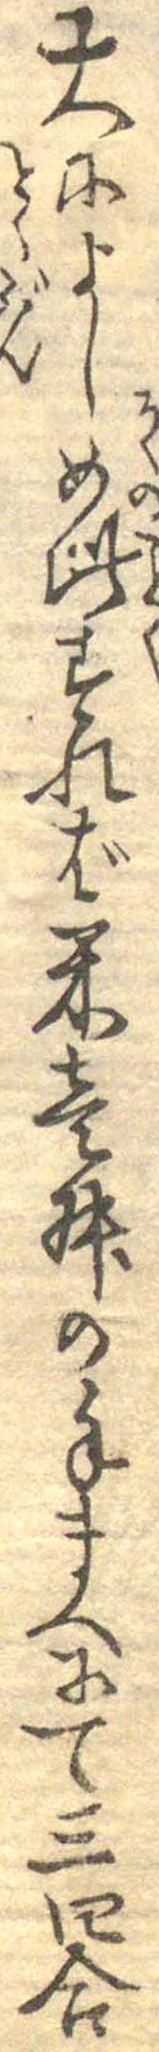
大によし如此すれば米壱舛の手まへにて三四合